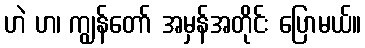
ဟဲ ဟ၊ ကျွန်တော် အမှန်အတိုင်း ပြောမယ်။